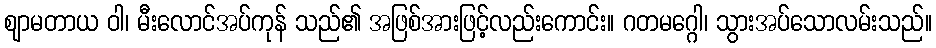
ဈာမတာယ ဝါ၊ မီးလောင်အပ်ကုန် သည်၏ အဖြစ်အားဖြင့်လည်းကောင်း။ ဂတမဂ္ဂေါ၊ သွားအပ်သောလမ်းသည်။